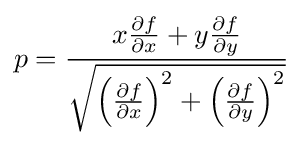
p={\frac {x{\frac {\partial f}{\partial x}}+y{\frac {\partial f}{\partial y}}}{\sqrt {\left({\frac {\partial f}{\partial x}}\right)^{2}+\left({\frac {\partial f}{\partial y}}\right)^{2}}}}